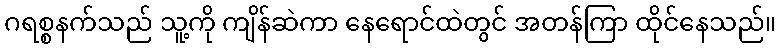
ဂရစ္စနက်သည် သူ့ကို ကျိန်ဆဲကာ နေရောင်ထဲတွင် အတန်ကြာ ထိုင်နေသည်။